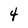
Character: 4